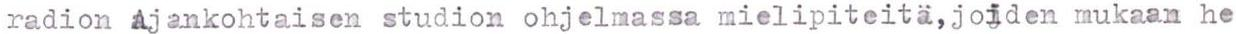
radion Ajankohtaisen studion ohjelmassa mielipiteitä,joiden mukaan he